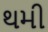
થમી